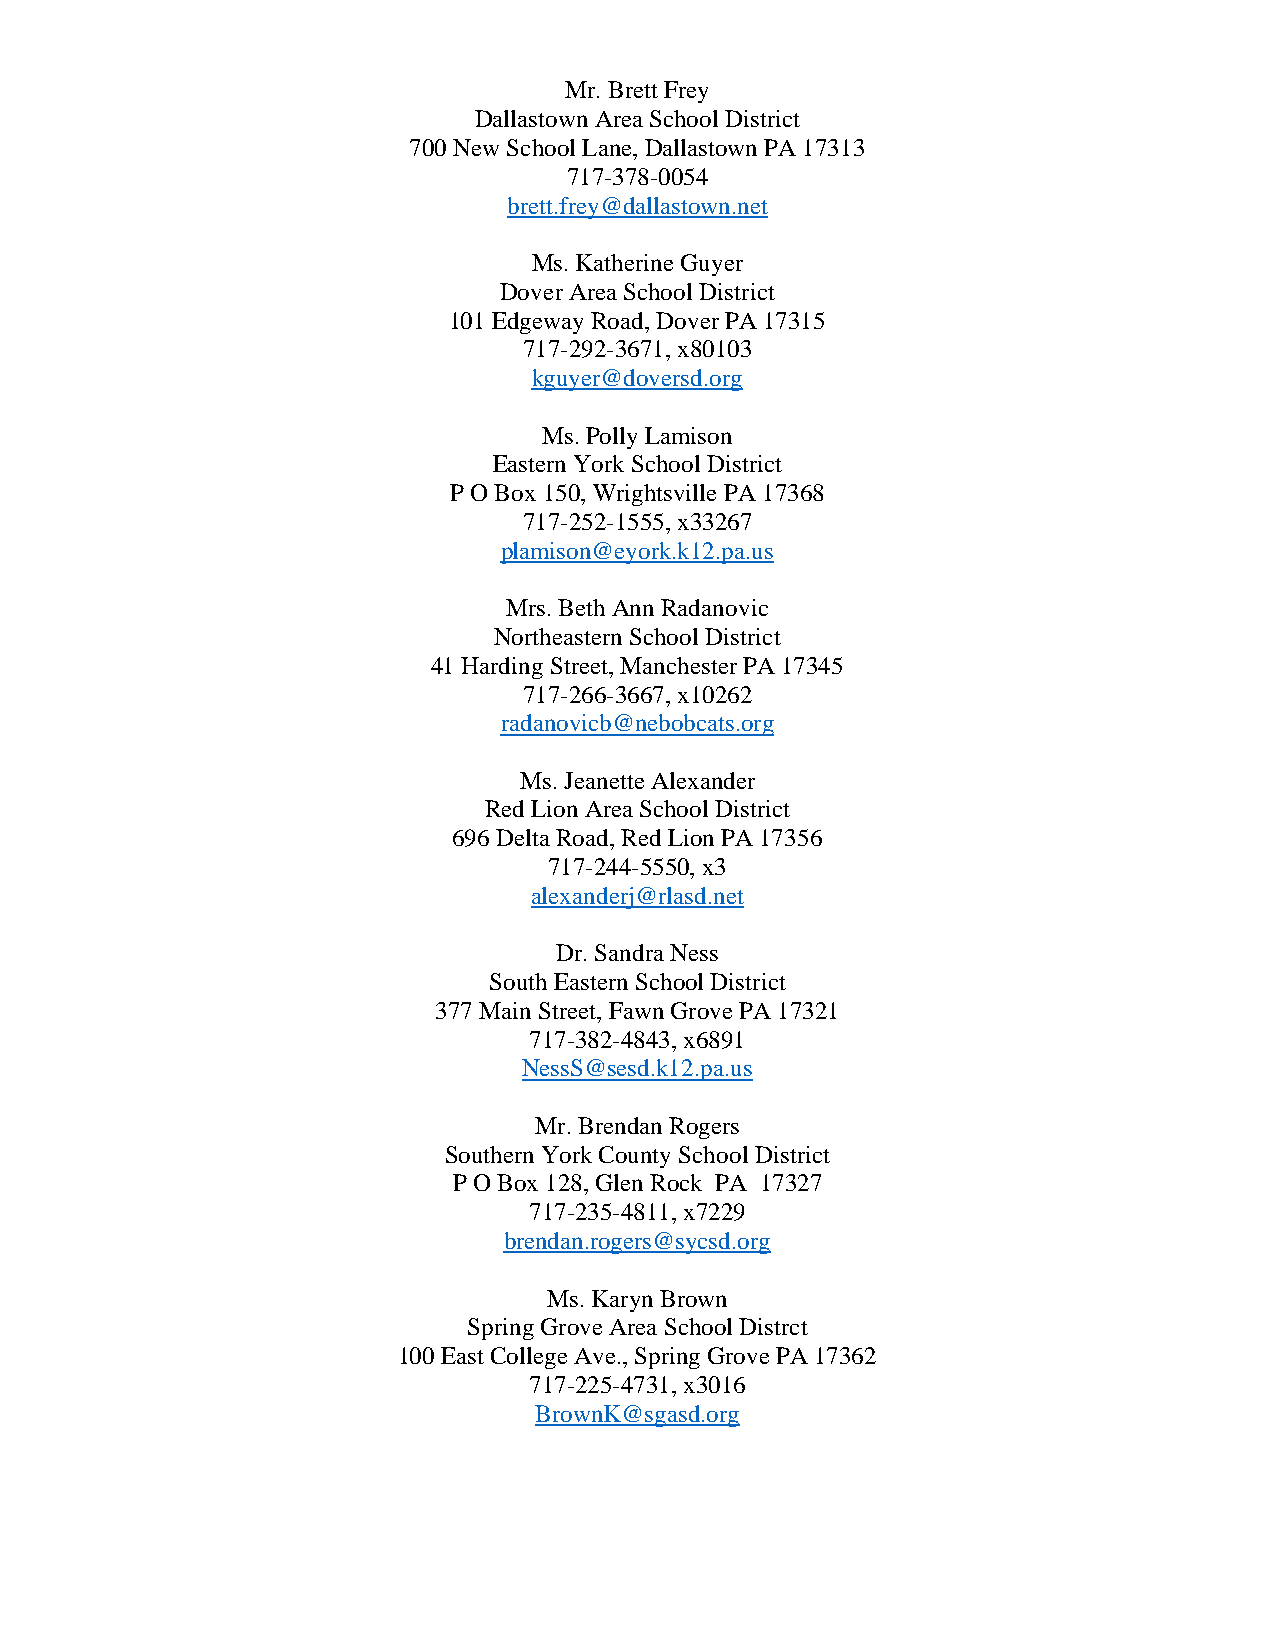
Mr. Brett Frey
 Dallastown Area School District
 700 New School Lane, Dallastown PA 17313
 717-378-0054
 brett.frey@dallastown.net
 Ms. Katherine Guyer
 Dover Area School District
 101 Edgeway Road, Dover PA 17315
 717-292-3671, x80103
 kguyer@doversd.org
 Ms. Polly Lamison
 Eastern York School District
 P O Box 150, Wrightsville PA 17368
 717-252-1555, x33267
 plamison@eyork.k12.pa.us
 Mrs. Beth Ann Radanovic
 Northeastern School District
 41 Harding Street, Manchester PA 17345
 717-266-3667, x10262
 radanovicb@nebobcats.org
 Ms. Jeanette Alexander
 Red Lion Area School District
 696 Delta Road, Red Lion PA 17356
 717-244-5550, x3
 alexanderj@rlasd.net
 Dr. Sandra Ness
 South Eastern School District
 377 Main Street, Fawn Grove PA 17321
 717-382-4843, x6891
 NessS@sesd.k12.pa.us
 Mr. Brendan Rogers
 Southern York County School District
 P O Box 128, Glen Rock PA 17327
 717-235-4811, x7229
 brendan.rogers@sycsd.org
 Ms. Karyn Brown
 Spring Grove Area School Distrct
 100 East College Ave., Spring Grove PA 17362
 717-225-4731, x3016
 BrownK@sgasd.org